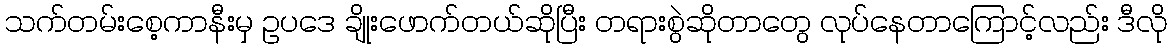
သက်တမ်းစေ့ကာနီးမှ ဥပဒေ ချိုးဖောက်တယ်ဆိုပြီး တရားစွဲဆိုတာတွေ လုပ်နေတာကြောင့်လည်း ဒီလို